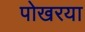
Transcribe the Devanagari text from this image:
पोखरया